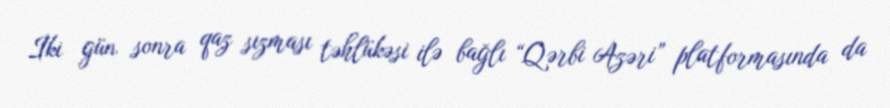
İki gün sonra qaz sızması təhlükəsi ilə bağlı “Qərbi Azəri” platformasında da